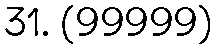
31. (99999)